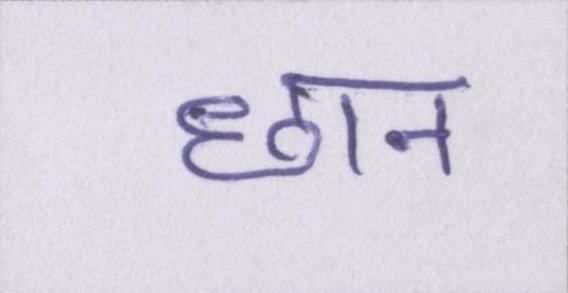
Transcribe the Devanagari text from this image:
छान